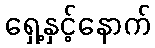
ရှေ့နှင့်နောက်